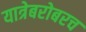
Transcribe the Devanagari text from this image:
यात्रेबरोबरच